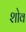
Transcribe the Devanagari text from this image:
शोव